65_HS1-834228961_62-HQ-83894_Section_7
Agency: FBI
Page 189
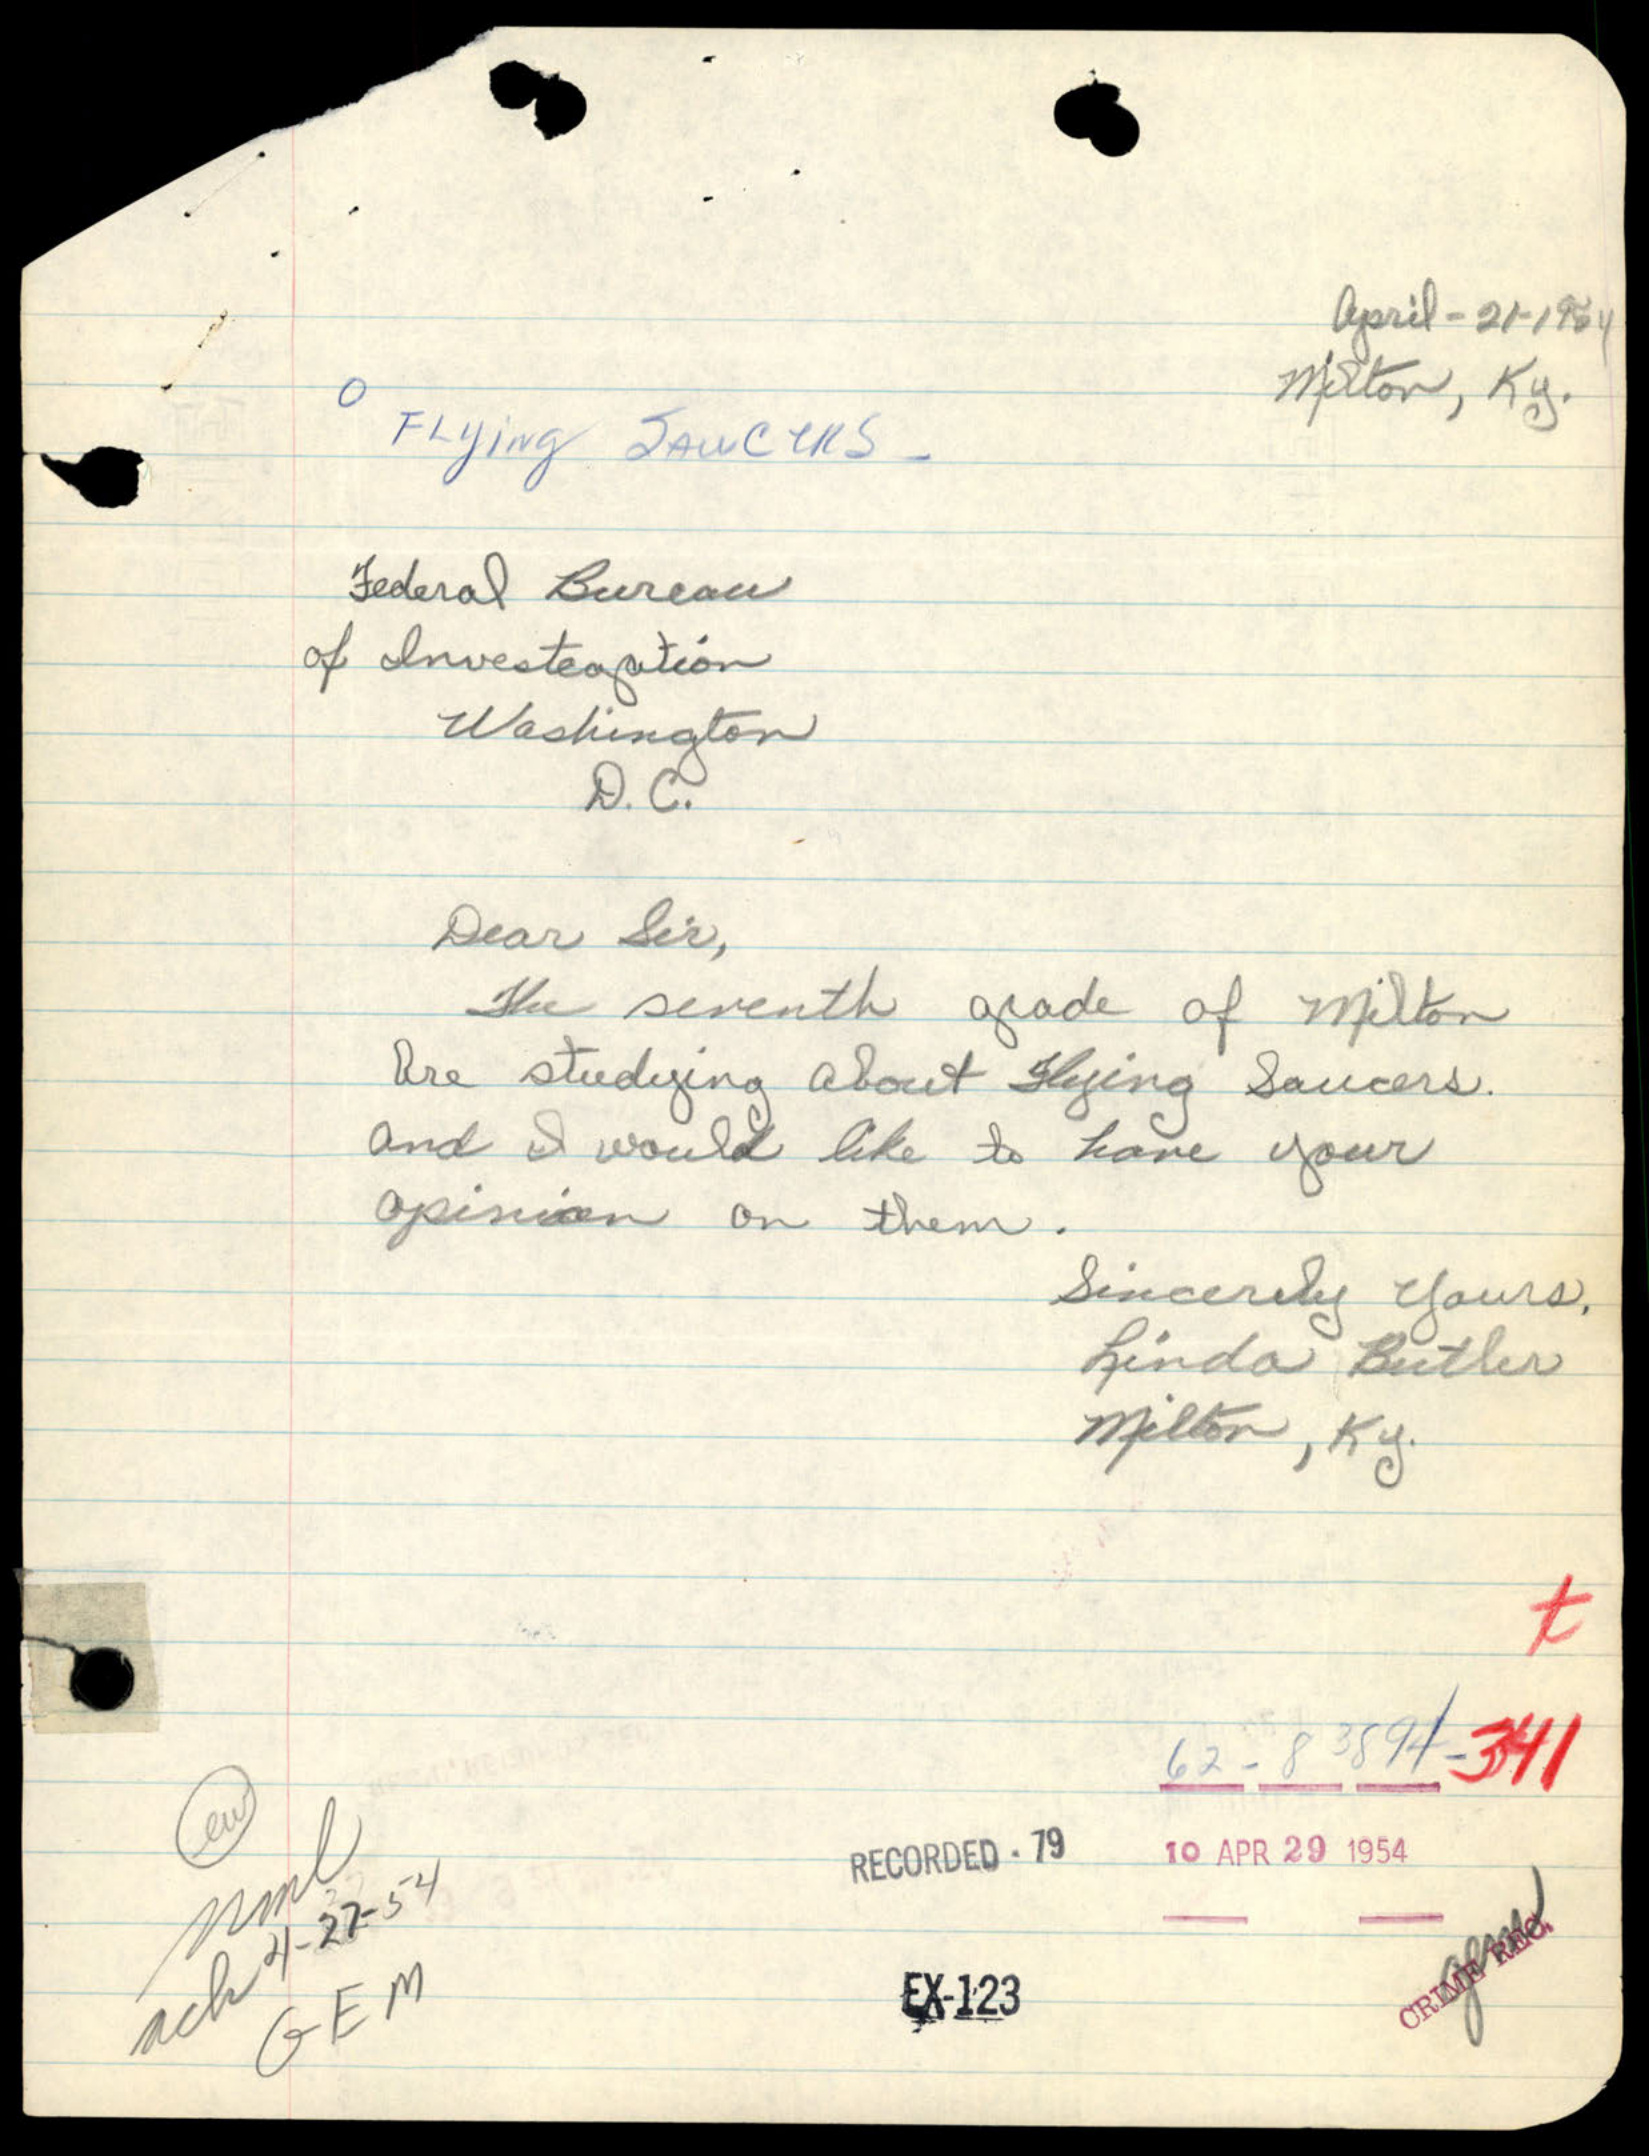